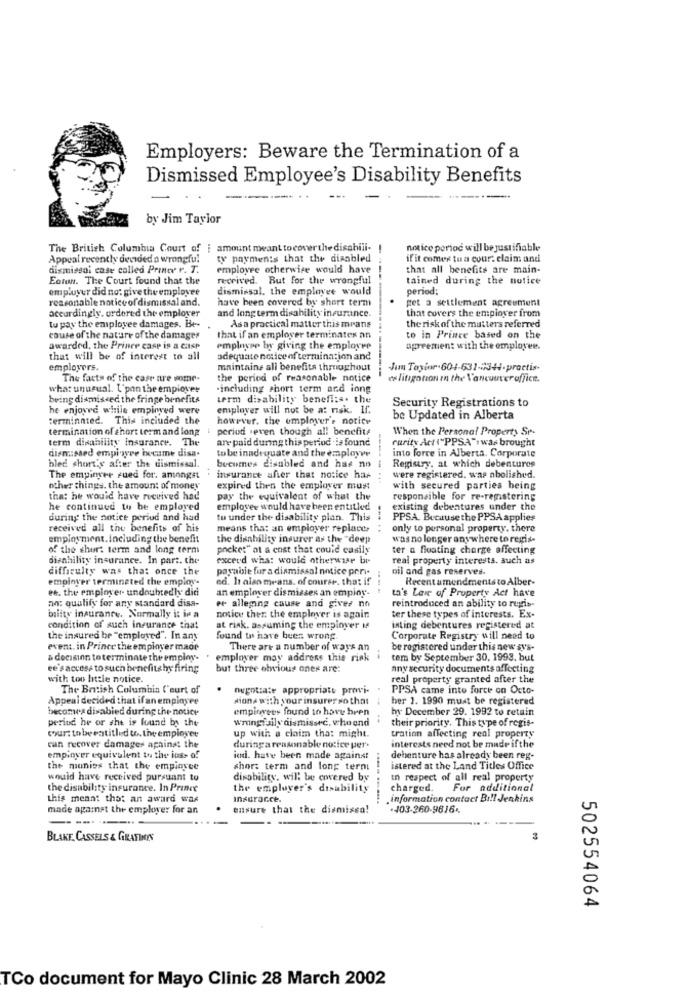
Employers: Beware the Termination of a
Dismissed Employee's Disability Benefits
-----...
-
by Jim Taylor
The British Columbia Court of i amount meant tocoverthe disabili-
notice period will be justifiable
Appeal recently denided a wrongful
ty payments that the disabled
if it comes to a court claim and
dismissal case colled Printer r. T.
employee otherwise would have
that all benefits are main-
Eaton. The Court found that the
received. But for the wrongful
tained during the notice
employer did no: give the employee
dismissal, the employee would
period:
reasonable notice of dismissal and.
have been covered by short term
pet a settlement agreement
accordingly. ordered the employer
and long term disability insurance.
that covers the employer from
tu pay the employee damages. Be --
As a practical matter this means
the risk of the mutters referred
coure of the nature of the damages
that if an employer terminates an
to in Prince based on the
awarded, the Prince casp is a casp
employee by giving the employee
agreement with the employee.
that will be of interest to all
adequate notice of termination and
employers.
maintains all benefits throughout
Jun Toyinr.604-631-344-practis-
The facts of the case are vome-
the period of reasonable notice
es litigation in the Vancouveroffice.
what unusual. Upon the empiover
·including short term and iong
being dismissed the fringe benefits
term disability benefits. the
he enjovre while empioved were
employer will not be a: risk. If.
Security Registrations to
terminated. This included the
however, the employer'e notice
be Updated in Alberta
termination of short termand long : period .even though all benefit
When the Personal Property Se-
term disability Insurance. The
are paid during this period is found
rarity Act ("PPSA". was brought
dismissed employee became disa-
to be inadequate and the employer
into force in Alberta. Corporate
bled shortly after the dismissal.
becomes disabled and has no
-----
Registry, at which debentures
The empinver rued for. amongst
insurance after that notice has
were registered. was abolished.
other things. the amount of money
expired then the employer must
with secured parties being
that he would have received had
pay the equivalent of what the
responsible for re-registering
he continued to be employed
employee would have been entitled
existing debentures under the
during the notice period and had
tu under the disability plan. This
PPSA. Because the PPSA applies
received all the benefits of hit
means that an employer replace.
--. ..
only to personal property. there
employment.Including the benefit
the disability insurer as the "deep
wasno longer any where to regis-
of the short term and long term
pocke:" ot & cost that could easily
ter a floating charge affecting
disability insurance. In part. the
excerd wha: would otherwise br
real property interests. auch as
difficulty was that once the
payable for a dismissal notice peri-
oil and gas reserves.
employer terminated the employ-
ed. hi also means. of course. that if
Recent amendmentsto Alber-
et. the employer- undoubtedly did
an employer dismisses an employ.
ta's Lair of Property Act have
an: qualify for any standard disa-
er alleging cause and gives no
reintroduced an ability to regis-
bility insurance. Normally it is a
notice ther the emplover is again
ter these types of interests. Ex-
condition of such insurance that
at risk. assuming the employer M
isting debentures registered at
the insured be "emploved". In any
found to have been wrong.
Corporate Registry will need to
event. in Prince the employer made
There are a number of ways an
be registered under this new sy's-
a decision to terminate the employ.
employer may address thie risk
tem by September 30, 1993. but
ee's access to such benefits hy firing
but three obvious ones are:
any security documents affecting
with too htele notice.
real property granted after the
The British Columbia C'eurt of
negotiate appropriate provi-
PPSA came into force on Octo-
Appeal decided that if an employee
mons with your insurerso that
her 1. 1990 must be registered
becomes disabled during the notice
empirees found to have been
hy December 29. 1992 to retain
period he or she is found by the
wrong sily dismissre, whoond
their priority. This type of regis-
tration affecting real property
court toberatitled to.theemployee
up with a claim that might.
can recover damages against the
duringa reasonable notice per-
interests need not be made if the
empinver equivalent to the loss of
ieni. have been made against
debenture has already been reg-
the monies that the employee
short term and long term
istered at the Land Titles Office
would have received pursuant to
dirobility, will be covered by
In respect of all real property
the disability insurance. In Prince
the employer's disability
charged.
For additional
this meant that an award was
Insurance.
.information contact Bill Jenkins
made against the employer for an
ensure that the dismisso!
BLAKE, CASSELS & GRATINOIS
502554064
TCo document for Mayo Clinic 28 March 2002